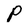
Character: P